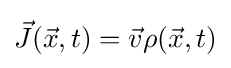
{\vec {J}}({\vec {x}},t)={\vec {v}}\rho ({\vec {x}},t)